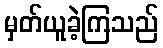
မှတ်ယူခဲ့ကြသည်